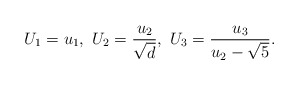
\begin{align*}U_1=u_1,\ U_2=\frac{u_2}{\sqrt{d}},\ U_3=\frac{u_3}{u_2-\sqrt{5}}.\end{align*}